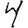
Digit: 4